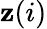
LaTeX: \mathbf{z}(i)